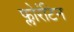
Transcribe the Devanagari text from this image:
फ्लोरंटिन